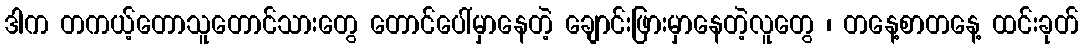
ဒါက တကယ့်တောသူတောင်သားတွေ တောင်ပေါ်မှာနေတဲ့ ချောင်းဖြားမှာနေတဲ့လူတွေ ၊ တနေ့စာတနေ့ ထင်းခုတ်